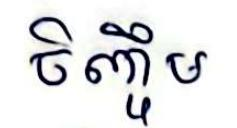
ចិញ្ចឹម